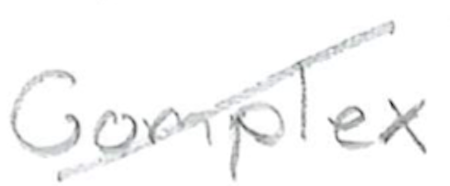
Text: Complex.
Cross-out: diagonal
Writing tool: pencil